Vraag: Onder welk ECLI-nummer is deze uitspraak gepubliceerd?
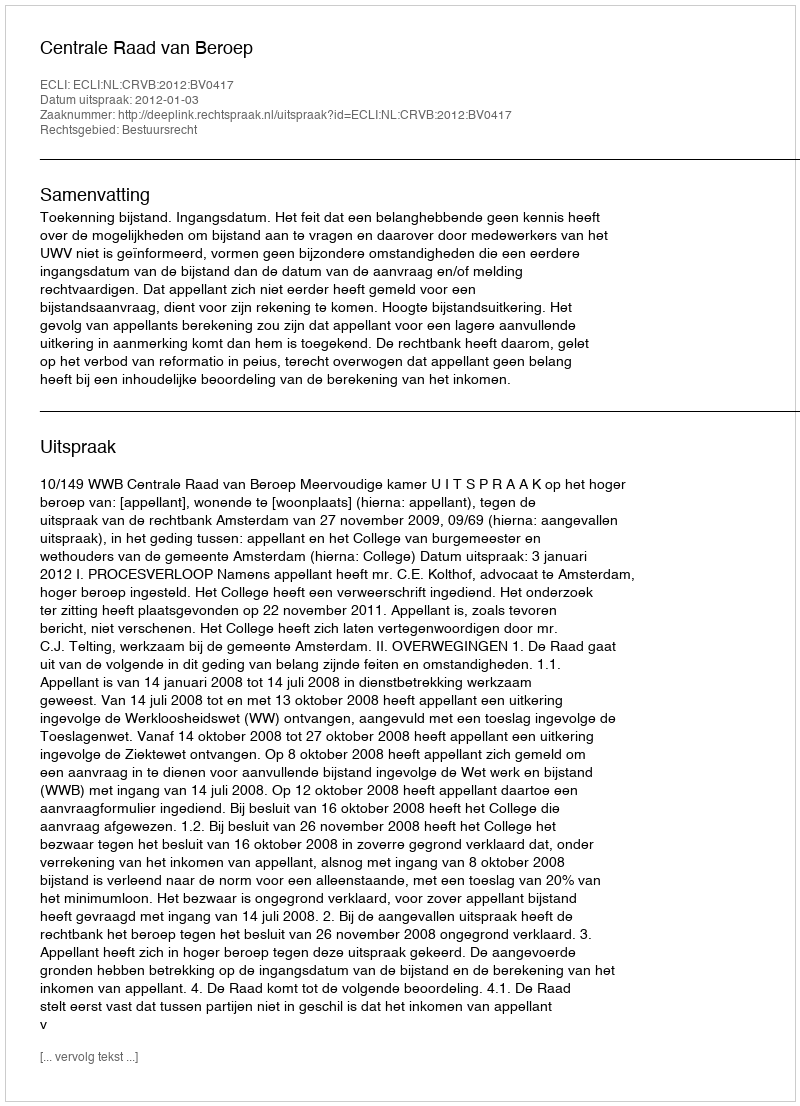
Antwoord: ECLI:NL:CRVB:2012:BV0417